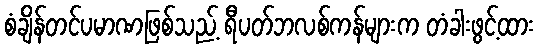
စံချိန်တင်ပမာဏဖြစ်သည့် ရီပတ်ဘလစ်ကန်များက တံခါးဖွင့်ထား